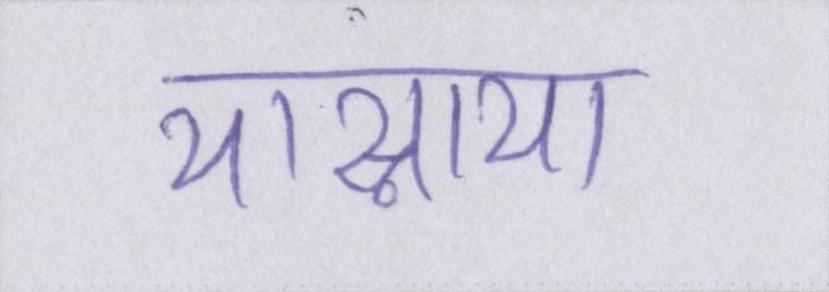
यास्नाया